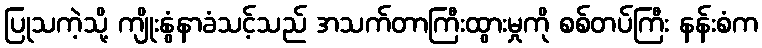
ပြုသကဲ့သို့ ကျိုးနွံနာခံသင့်သည် အသက်တာကြီးထွားမှုကို စစ်တပ်ကြီး နန်းစံက